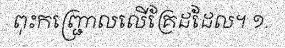
ពុះកញ្ជ្រោលលើគ្រែដដែល។ ១.